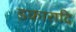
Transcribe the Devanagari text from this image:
डकारादि